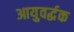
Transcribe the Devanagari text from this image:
आयुवर्द्धक